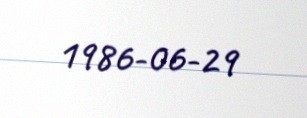
1986-06-29